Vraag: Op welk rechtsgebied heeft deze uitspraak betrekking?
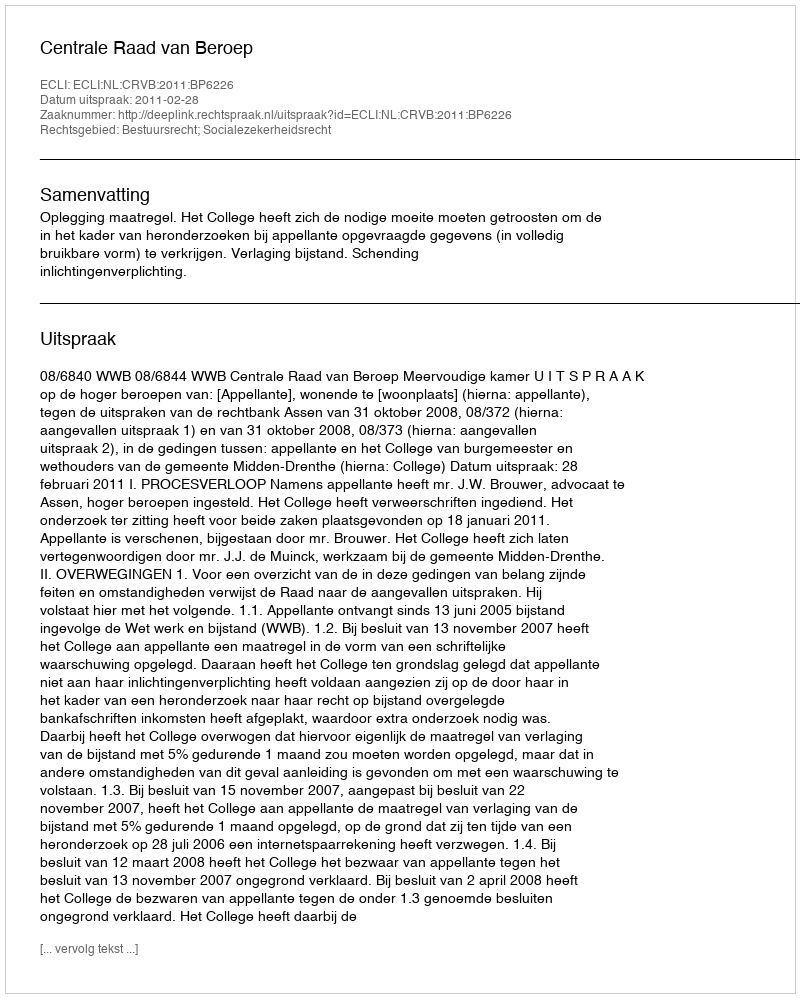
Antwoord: Bestuursrecht; Socialezekerheidsrecht